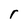
Character: r